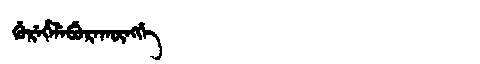
Manchu: ᡤᡠᡵᡝᡥᡝᠯᡝᠪᡠᡵᠠᡴᡡᠩᡤᡝ
Romanization: GUREHELEBURAKŪNGGE